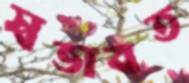
স্বভাবত